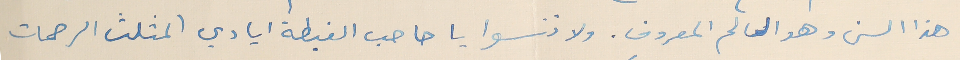
هذا السن وهو العالم المعروف. ولا تنسوا يا صاحب الغبطة ايادي المثلث الرحمات